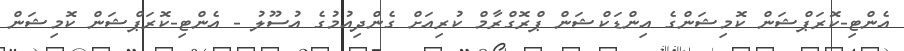
އެންޓި-ކޮރަޕްޝަން ކޮމިޝަންގެ އިންޑަކްޝަން ޕްރޮގްރާމް ކުރިއަށް ގެންދިއުމުގެ އުސޫލު - އެންޓި-ކޮރަޕްޝަން ކޮމިޝަން